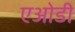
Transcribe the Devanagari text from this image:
एओडी